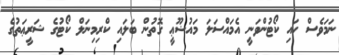
ނަމަވެސް ހައި ކޯޓުންވަނީ އެމައްސަލަ މައުޟޫޢީ ގޮތުން ބަލައި ކްރިމިނަލް ކޯޓުގެ ޝަރީޢަތުގެ